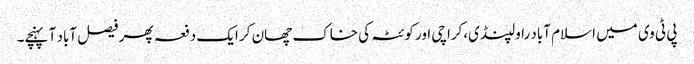
پی ٹی وی میں اسلام آباد راولپنڈی،کراچی اور کوئٹہ کی خاک چھان کر ایک دفعہ پھر فیصل آباد آ پہنچے۔